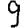
Digit: 9